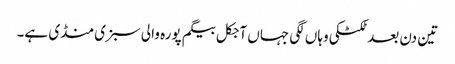
تین دن بعد ٹکٹکی وہاں لگی جہاں آجکل بیگم پورہ والی سبزی منڈی ہے۔